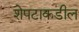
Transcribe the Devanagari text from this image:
शेपटाकडील